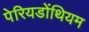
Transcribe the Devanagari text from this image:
पेरियडोंथियम